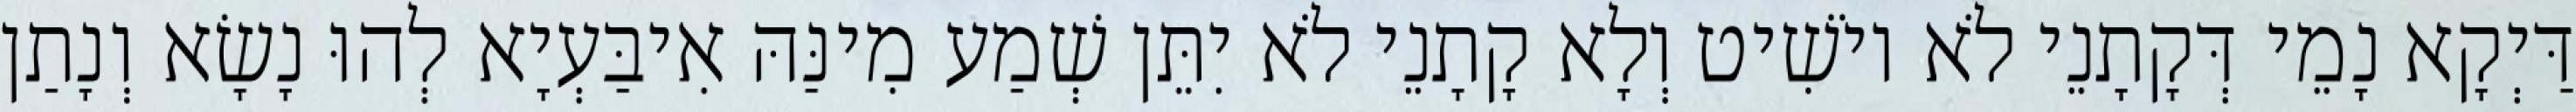
דַּיְקָא נָמֵי דְּקָתָנֵי לֹא יוֹשִׁיט וְלָא קָתָנֵי לֹא יִתֵּן שְׁמַע מִינַּהּ אִיבַּעְיָא לְהוּ נָשָׂא וְנָתַן